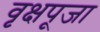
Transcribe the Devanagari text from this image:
वृक्षपूजा